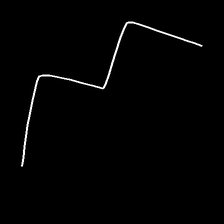
Glyph: crush